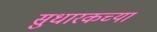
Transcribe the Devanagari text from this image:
सुधारकच्या